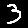
Digit: 3